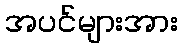
အပင်များအား